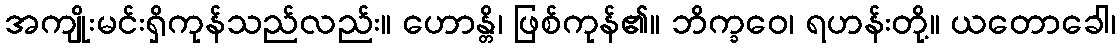
အကျိုးမင်းရှိကုန်သည်လည်း။ ဟောန္တိ၊ ဖြစ်ကုန်၏။ ဘိက္ခဝေ၊ ရဟန်းတို့။ ယတောခေါ၊